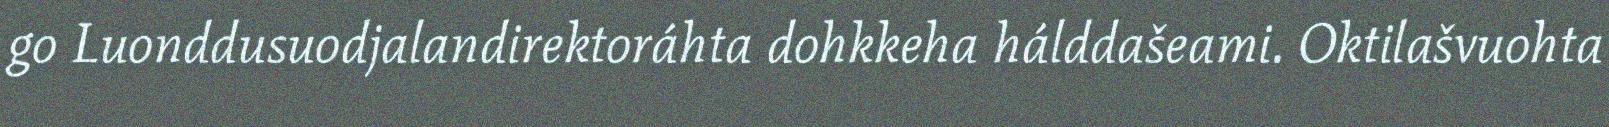
go Luonddusuodjalandirektoráhta dohkkeha hálddašeami. Oktilašvuohta